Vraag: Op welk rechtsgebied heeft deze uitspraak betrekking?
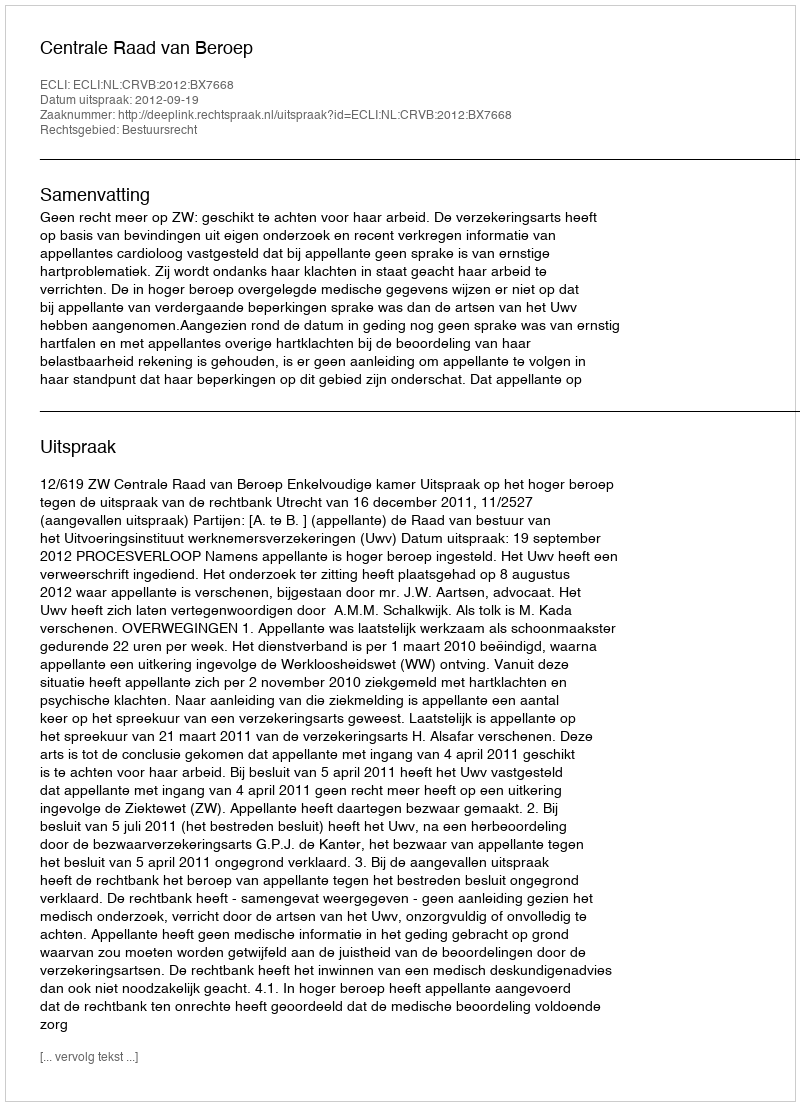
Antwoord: Bestuursrecht